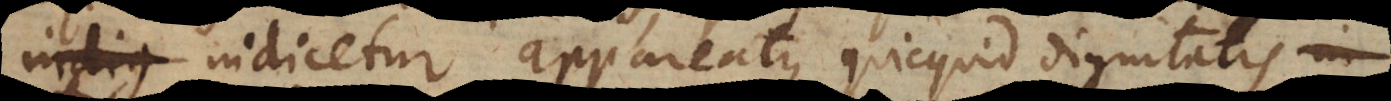
indicetur appareatque quicquid dignitatis